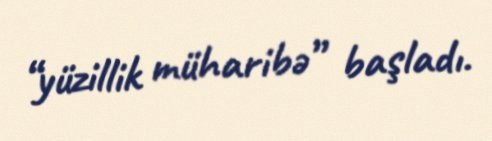
“yüzillik müharibə” başladı.